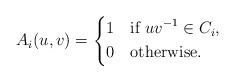
LaTeX: \begin{align*}A_i(u,v) =\left\{\begin{aligned}&1 \ \ \mbox{ if } uv^{-1} \in C_i,\\&0 \ \ \mbox{ otherwise.}\end{aligned}\right.\end{align*}